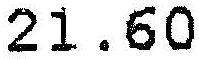
21.60